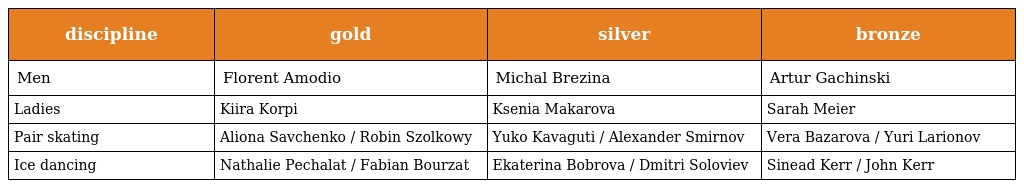
| discipline | gold | silver | bronze |
 | --- | --- | --- | --- |
 | Men | Florent Amodio | Michal Brezina | Artur Gachinski |
 | Ladies | Kiira Korpi | Ksenia Makarova | Sarah Meier |
 | Pair skating | Aliona Savchenko / Robin Szolkowy | Yuko Kavaguti / Alexander Smirnov | Vera Bazarova / Yuri Larionov |
 | Ice dancing | Nathalie Pechalat / Fabian Bourzat | Ekaterina Bobrova / Dmitri Soloviev | Sinead Kerr / John Kerr |